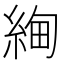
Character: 𬗚